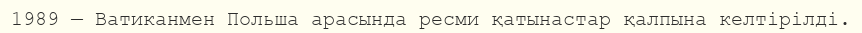
1989 — Ватиканмен Польша арасында ресми қатынастар қалпына келтірілді.